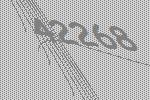
42268